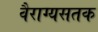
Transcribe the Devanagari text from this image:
वैराग्यसतक